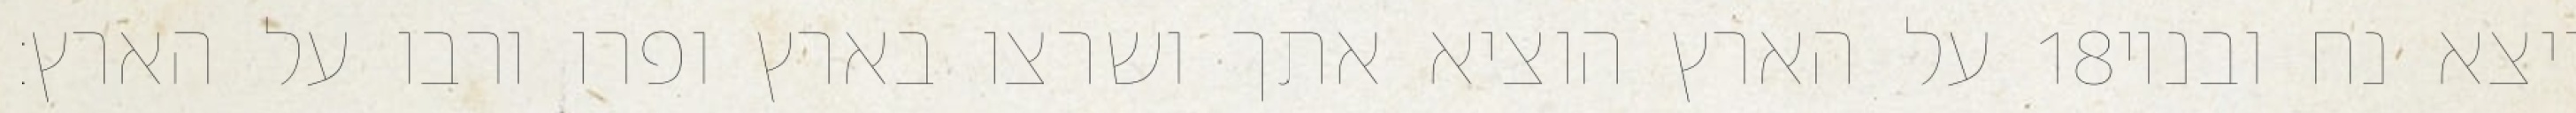
על הארץ הוציא אתך ושרצו בארץ ופרו ורבו על הארץ׃ ‎18‏ ויצא נח ובניו